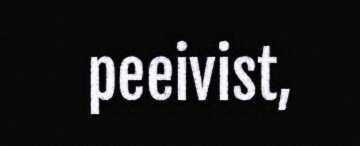
peeivist,